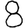
Digit: 8